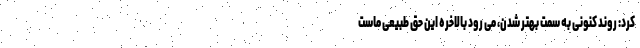
کرد: روند کنونی به سمت بهتر شدن، می رود بالاخره این حق طبیعی ماست